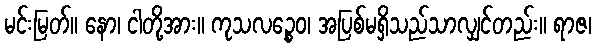
မင်းမြတ်။ နော၊ ငါတို့အား။ ကုသလဉ္စေဝ၊ အပြစ်မရှိသည်သာလျှင်တည်း။ ရာဇ၊